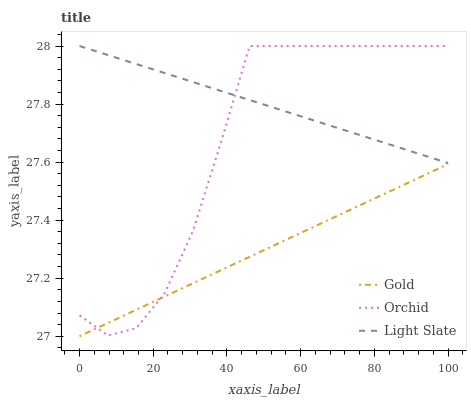
| xaxis_label | Gold | Orchid | Light Slate |
 | --- | --- | --- | --- |
 | 0 | 27 | 27.1 | 28 |
 | 7.69 | 27 | 27 | 28 |
 | 15.4 | 27.1 | 27 | 27.9 |
 | 23.1 | 27.1 | 27.1 | 27.9 |
 | 30.8 | 27.2 | 27.4 | 27.9 |
 | 38.5 | 27.2 | 27.7 | 27.8 |
 | 46.2 | 27.3 | 28 | 27.8 |
 | 53.8 | 27.3 | 28 | 27.8 |
 | 61.5 | 27.4 | 28 | 27.8 |
 | 69.2 | 27.4 | 28 | 27.7 |
 | 76.9 | 27.5 | 28 | 27.7 |
 | 84.6 | 27.5 | 28 | 27.7 |
 | 92.3 | 27.5 | 28 | 27.6 |
 | 100 | 27.6 | 28 | 27.6 |